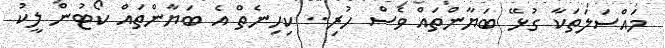
މައްސަލަތަކާ ގުޅޭ ބަޔާންތައް ވެސް ހުރި.. ކިހިނެތް އެ ބަޔާންތައް ކޯޓުން ލީކު